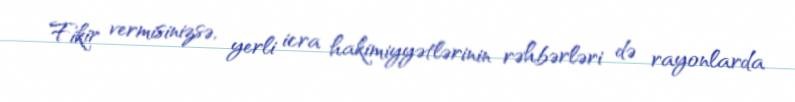
Fikir vermisinizsə, yerli icra hakimiyyətlərinin rəhbərləri də rayonlarda